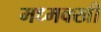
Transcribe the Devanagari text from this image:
मध्मक्खी